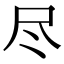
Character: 尽